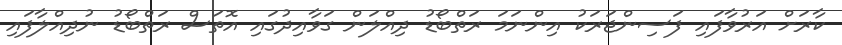
ކާރަށް އަރުވާފައި ފަސިންޖަރަކު އިންނަމަ ރަތްބޯޑު ދިއްލަން ގަވާއިދުގައި އޮތަސް ރަތްބޯޑު ނުދިއްލާފައި